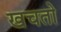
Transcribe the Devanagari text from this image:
खचतो